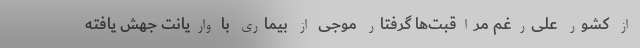
از کشور علی‌رغم مراقبت‌ها گرفتار موجی از بیماری با واریانت جهش یافته